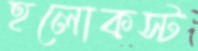
হলোকস্ট